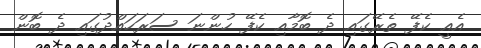
އެއީ ކެފޭ ތެރޭގައި ދެ ބޮމާއި ކެފޭ ހުންނަ ސަރަހައްދުގައި ދެ ބޮން